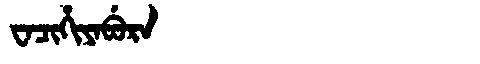
Manchu: ᠸᠠᠴᡳᡥᡳᠶᠠᠪᡠᡵᠠ
Romanization: WACIHIYABURA